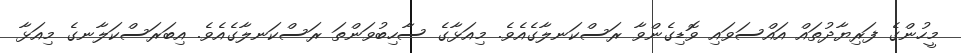
މީހުންގެ ފަރިޔާދުތައް އައްސަވައި ވޮޑިގެންވާ ރަސްކަނލާގެއެވެ. މިއަޅާގެ ސާހިބުވަންތަ ރަސްކަނލާގެއެވެ. އިބަރަސްކަލާނގެ މިއަޅާ